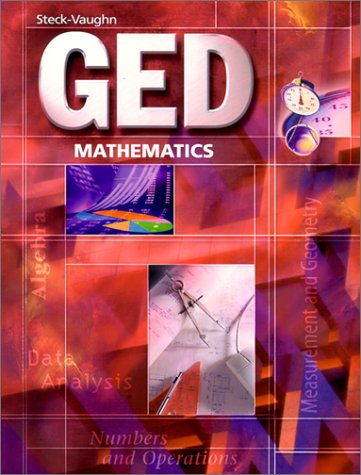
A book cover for GED Mathematics (Steck-Vaughn Ged Series); STECK-VAUGHN; Test Preparation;